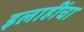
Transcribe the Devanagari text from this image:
इलाहींचा